Vaccination in Bombay 1869-1873 - 1869-1873
Year: 1869
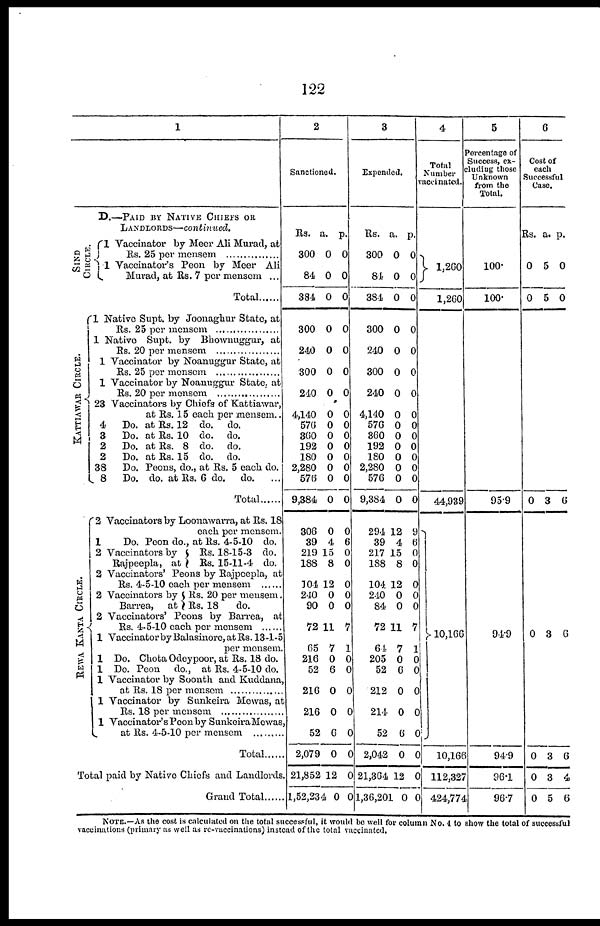
122
1
SI ND
CI RCLE.
KATTIAWAR CIRCLE.
D.—PAID BY NATIVE CHIEFS OR
LANDLORDS— continued.
1 Vaccinator by Meer Ali Murad, at
Rs. 25 per mensem
1 Vaccinator's Peon by Meer Ali
Mured, at Rs. 7 per mensem ...
Total......
1 Native Supt. by Joonaghur State, at
Rs. 25 per mensem
1 Native Supt. by Bhownuggur, at
Rs. 20 per mensem
1 Vaccinator by Noanuggur State, at
Rs. 25 per mensem
1 Vaccinator by Noanuggur State, at
Rs. 20 per mensem
23 Vaccinators by Chiefs of Kattiawar,
at Rs. 15 each per mensem..
4
Do. at Rs. 12 do. do.
3
Do. at Rs. 10 do. do.
2
Do. at Rs. 8 do. do.
2
Do. at Rs. 15 do. do.
38
Do. Peons, do., at Rs. 5 each do.
8
Do. do. at Rs. 6 do. do. ...
Total .....
REWA KANTA CIRCLE.
2 Vaccinators by Loonawarra, at Rs. 18
each per mensem.
1
Do. Peon do., at Rs. 4-5-10 do.
2 Vaccinators by
Rajpeepla, at
Rs. 18-15-3 do.
Rs. 15-11-4 do.
2 Vaccinators' Peons by Rajpeepla, at
Rs. 4-5-10 each per mensem
2 Vaccinators by
Barrea, at
Rs. 20 per mensem.
Rs. 18
do.
2 Vaccinators' Peons by Barrea, at
Rs. 4-5-10 each per mensem
1 Vaccinator by Balasinore, at Rs. 13-1-5
per mensem.
1 Do. Chota Odeypoor, at Rs. 18 do.
1 Do. Peon do., at Rs. 4-5-10 do.
1 Vaccinator by Soonth and Kuddana,
at Rs. 18 per mensem
1 Vaccinator by Sunkeira Mewas, at
at Rs. 18 per mensem
1 Vaccinator's Peon by Sunkcira Mewas,
at Rs. 4-5-10 per mensem
Total ....
Total paid by Native Chiefs and Landlords.
Grand Total......
2
Sanctioned.
Rs.
300
84
384
300
240
300
240
4,140
576
360
192
180
2,280
576
9,384
306
39
219
188
104
240
90
72
65
216
52
216
216
52
2,079
21,852
1,52,234
a.
0
0
0
0
0
0
0
0
0
0
0
0
0
0
0
0
4
15
8
12
0
0
11
7
0
6
0
0
6
0
12
0
p.
0
0
0
0
0
0
0
0
0
0
0
0
0
0
0
0
6
0
0
0
0
0
7
1
0
0
0
0
0
0
0
0
3
Expended.
Rs.
300
84
384
300
240
300
240
4,140
576
360
192
180
2,280
576
9,384
294
39
217
188
104
240
84
72
64
205
52
212
214
52
2,042
21,364
1,36,201
a.
0
0
0
0
0
0
0
0
0
0
0
0
0
0
0
12
4
15
8
12
0
0
11
7
0
6
0
0
6
0
12
0
p.
0
0
0
0
0
0
0
0
0
0
0
0
0
0
0
9
6
0
0
0
0
0
7
1
0
0
0
0
0
0
0
0
4
Total
Number
Vccinated.
1,260
1,260
44,939
10,166
10,166
112,327
424,774
5
Percentage of
Success, ex¬
cluding those
Unknown
from the
Total.
100.
100.
95.9
94.9
94.9
96.1
96.7
6
Cost of
each
Successful
Case.
Rs.
0
0
0
0
0
0
0
a.
5
5
3
3
3
3
5
p.
0
0
6
6
6
4
6
NOTE.—As the cost is calculated on the total successful, it would be well for column No. 4 to show the total of successful
vaccinations (primary as well as re-vaccinations) instead of the total vaccinated.